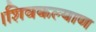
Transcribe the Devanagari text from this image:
।शिवकल्याण